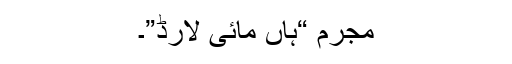
مجرم “ہاں مائی لارڈ”۔